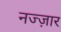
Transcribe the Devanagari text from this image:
नज्ज़ार